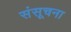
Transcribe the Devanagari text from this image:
संसूचना